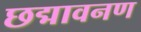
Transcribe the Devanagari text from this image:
छद्मावनण